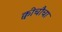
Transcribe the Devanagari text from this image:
क्वीचौचा